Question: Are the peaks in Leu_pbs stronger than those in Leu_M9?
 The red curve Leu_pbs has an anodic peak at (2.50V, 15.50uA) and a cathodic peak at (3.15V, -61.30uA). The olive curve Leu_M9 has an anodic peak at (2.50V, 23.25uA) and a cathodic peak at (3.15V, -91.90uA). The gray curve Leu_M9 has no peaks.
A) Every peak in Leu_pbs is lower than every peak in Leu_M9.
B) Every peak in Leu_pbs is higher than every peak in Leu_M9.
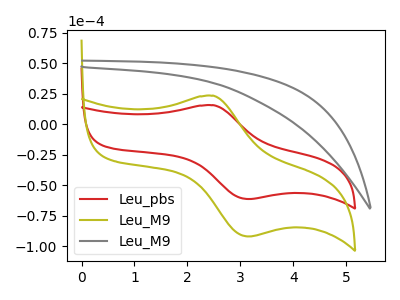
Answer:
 <answer>A) Every peak in "Leu_pbs" is lower than every peak in "Leu_M9".</answer>
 <eval>A</eval>